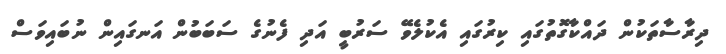
ދިރާސާތަކުން ދައްކާގޮތުގައި ކިރުގައި އެކުލެވޭ ސަރުބީ އަދި ފެނުގެ ސަބަބުން އަނގައިން ނުބައިވަސް